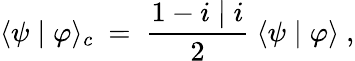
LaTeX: \langle\psi\mid\varphi\rangle_{c}~=~\frac{1-i\mid i}{2}~\langle\psi\mid\varphi\rangle~,